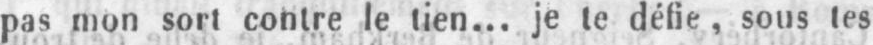
pas mon sort contre le tien... je le défie, sous tes